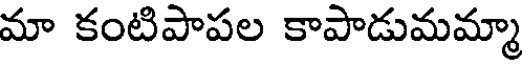
మా కంటిపాపల కాపాడుమమ్మా